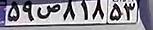
۵۹ص۸۱۸۵۳